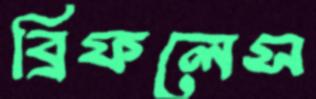
ব্রিফলেস